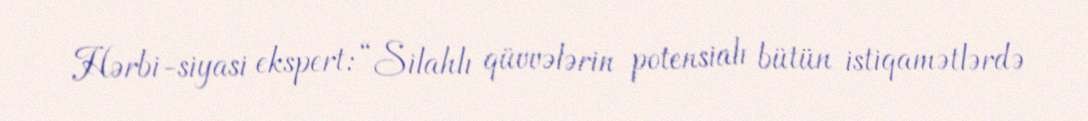
Hərbi-siyasi ekspert: “Silahlı qüvvələrin potensialı bütün istiqamətlərdə